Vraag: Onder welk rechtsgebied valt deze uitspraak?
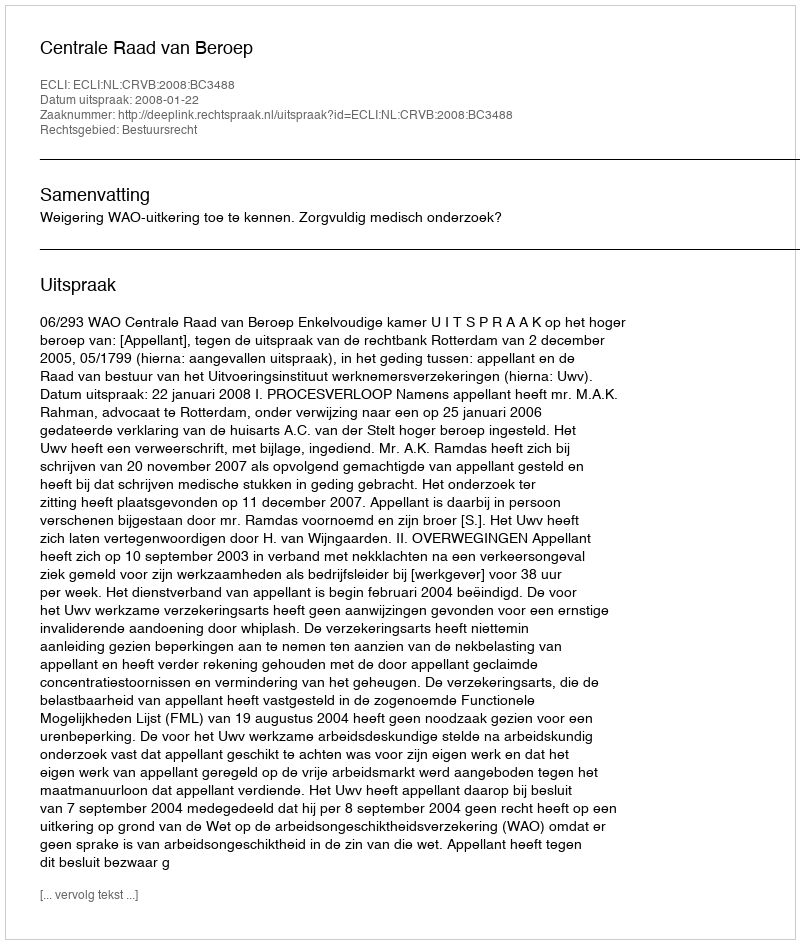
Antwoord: Bestuursrecht